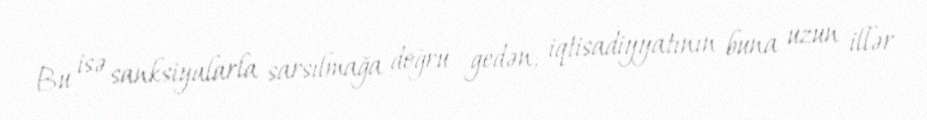
Bu isə sanksiyalarla sarsılmağa doğru gedən, iqtisadiyyatının buna uzun illər